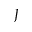
J